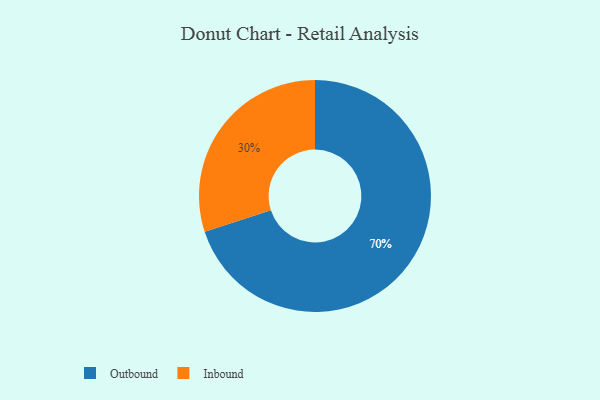
{"axis": {"x": "Category", "y": "Percentage"}, "legend": ["Inbound", "Outbound"], "data": [{"x": "Inbound", "y": 30, "type": "Inbound"}, {"x": "Outbound", "y": 70, "type": "Outbound"}]}